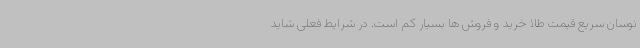
نوسان سریع قیمت طلا خرید و فروش ها بسیار کم است. در شرایط فعلی شاید